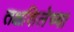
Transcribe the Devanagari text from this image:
तक्षशिलेच्या